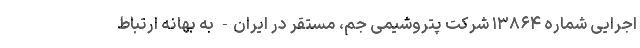
اجرایی شماره ۱۳۸۶۴ شرکت پتروشیمی جم، مستقر در ایران- به بهانه ارتباط